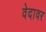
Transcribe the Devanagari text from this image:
वेदावर